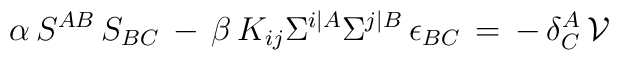
\alpha \, S^{AB} \, S_{BC} \, - \, \beta \, K_{ij} \Sigma^{i\vert  A} \Sigma^{j \vert B} \, \epsilon_{BC} \, = \, - \,\delta^A_C \, \mathcal{V}